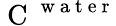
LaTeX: \mathrm{~C~}^{\mathrm{~w~a~t~e~r~}}